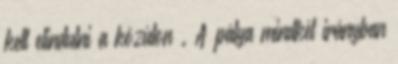
kell elindulni a közúton . A pálya mindkét irányban